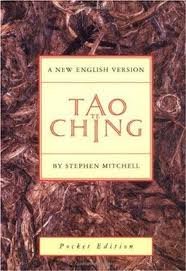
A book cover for Tao Te Ching Publisher: Harper Perennial; Compact edition; Stephen Mitchell; Religion & Spirituality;